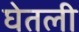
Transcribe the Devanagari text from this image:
घेेतली